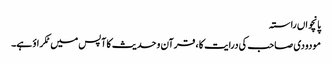
پانچواں راستہ
مودودی صاحب کی درایت کا ، قرآن و حدیث کا آپس میں ٹکراؤ ہے۔